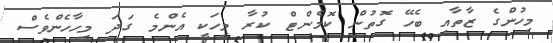
މީހުންގެ ޒާތާއި ބެހޭ ގޮތުން ކޮމެންޓް ކުރާ މީހަކީ އެންމެ ގަދަ މީހާހެންވެސް